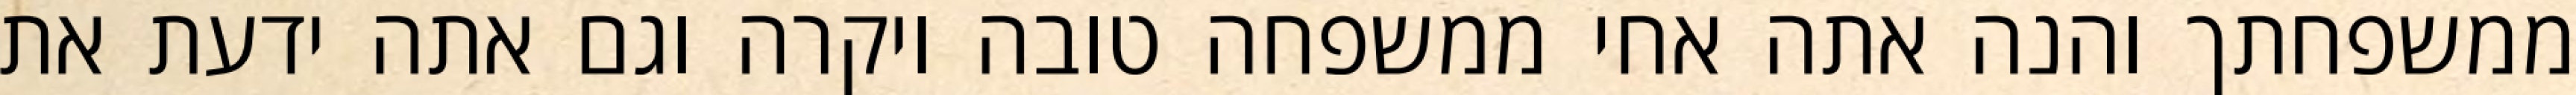
ממשפחתך והנה אתה אחי ממשפחה טובה ויקרה וגם אתה ידעת את